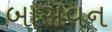
બાસવન